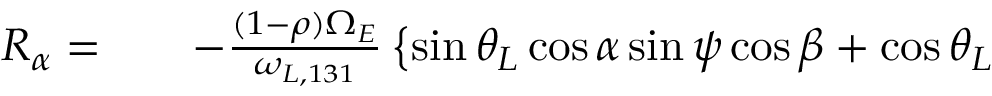
\begin{array} { r l r } { ~ R _ { \alpha } = } & { { } } & { - \frac { ( 1 - \rho ) \Omega _ { E } } { \omega _ { L , 1 3 1 } } \left\{ \sin \theta _ { L } \cos \alpha \sin \psi \cos \beta + \cos \theta _ { L } \right. } \end{array}